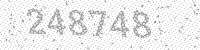
Solution: 248748